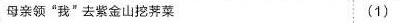
母亲领“我”去紧金山挖菜 ( 1 )